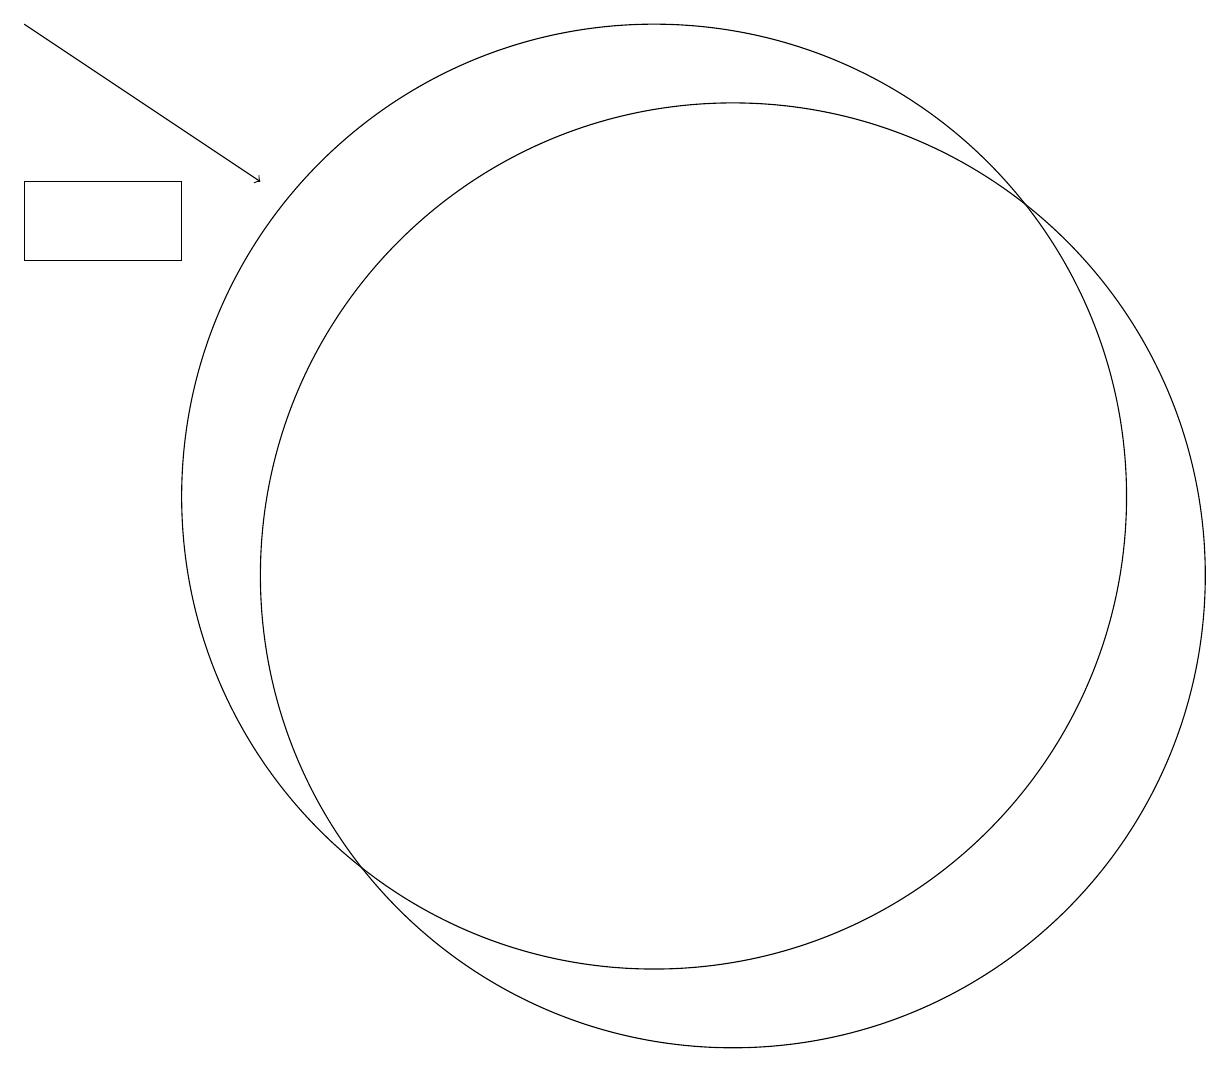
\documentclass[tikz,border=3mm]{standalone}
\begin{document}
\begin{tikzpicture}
\draw (10,12) circle (6);
\draw[->] (2,18) -- (5,16);
\draw (11,11) circle (6);
\draw (2,16) rectangle (4,15);
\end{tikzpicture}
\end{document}